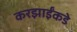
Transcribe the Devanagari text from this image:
करझाईंकडे